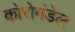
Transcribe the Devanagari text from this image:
कोरोमंडेल